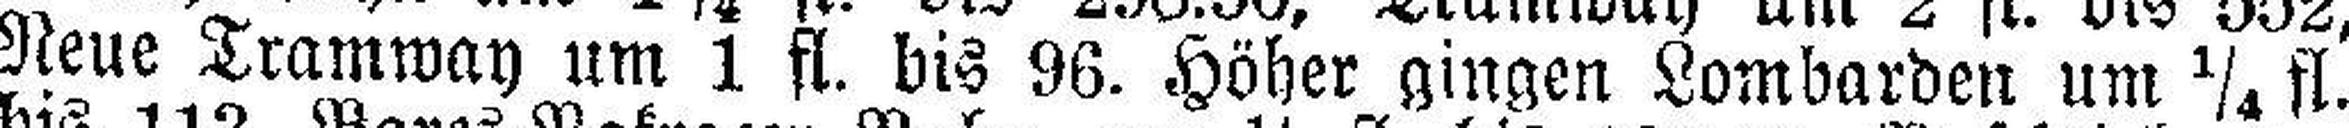
Neue Tramway um 1 fl. bis 96. Höher gingen Lombarden um ¼ fl.